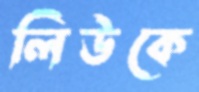
লিউকে